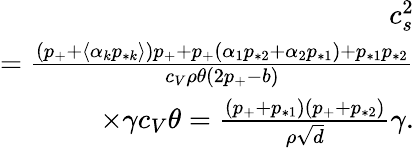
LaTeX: \begin{array}{r}{c_{s}^{2}}\\ {=\frac{(p_{+}+\langle\alpha_{k}p_{*k}\rangle)p_{+}+p_{+}(\alpha_{1}p_{*2}+\alpha_{2}p_{*1})+p_{*1}p_{*2}}{c_{V}\rho\theta(2p_{+}-b)}}\\ {\times\gamma c_{V}\theta=\frac{(p_{+}+p_{*1})(p_{+}+p_{*2})}{\rho\sqrt{d}}\gamma.}\end{array}